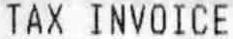
TAX INVOICE